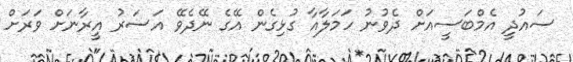
ސައުދީ އެމްބަސީއަށް ދެވުނު ހަމަލާއާ ގުޅިގެން އޭގެ ނޭދެވޭ އަސަރު އީރާނަށް ވަރަށް